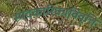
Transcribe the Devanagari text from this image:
स्पंदकारिकाविवृत्ति